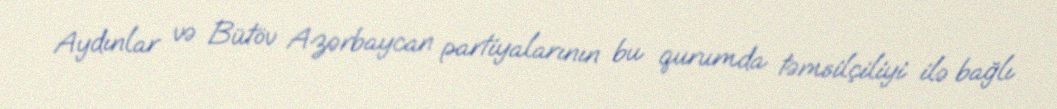
Aydınlar və Bütöv Azərbaycan partiyalarının bu qurumda təmsilçiliyi ilə bağlı